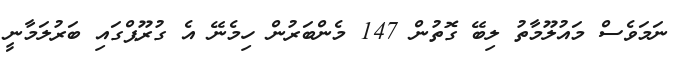
ނަމަވެސް މައުލޫމާތު ލިބޭ ގޮތުން 147 މެންބަރުން ހިމެނޭ އެ ގުރޫޕްގައި ބަރުލަމާނީ